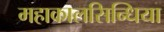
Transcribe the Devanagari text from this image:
महाकालसिन्धिया